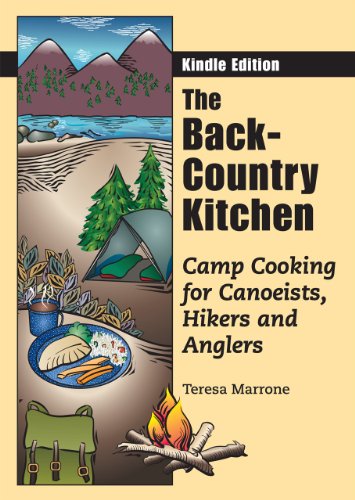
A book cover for The Back-Country Kitchen: Camp Cooking for Canoeists, Hikers and Anglers; Teresa Marrone; Cookbooks, Food & Wine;